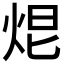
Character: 𤈑